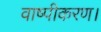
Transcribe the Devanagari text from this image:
वाष्पीकरण।